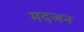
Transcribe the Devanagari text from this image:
मदजन